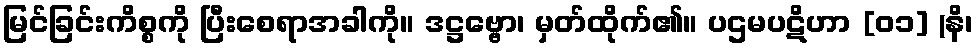
မြင်ခြင်းကိစ္စကို ပြီးစေရာအခါကို။ ဒဋ္ဌဗ္ဗော၊ မှတ်ထိုက်၏။ ပဌမပဋိဟာ [၀၁] (နိ၊